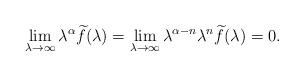
LaTeX: \begin{align*}\lim_{\lambda \to \infty}\lambda^\alpha \widetilde{f}(\lambda)=\lim_{\lambda \to \infty}\lambda^{\alpha-n}\lambda^n\widetilde{f}(\lambda)=0.\end{align*}